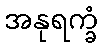
အနုရက္ခံ